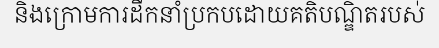
និងក្រោមការដឹកនាំប្រកបដោយគតិបណ្ឌិតរបស់